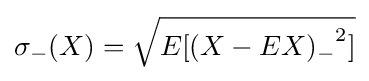
\sigma _{-}(X)={\sqrt {{E[(X-EX)_{-}}^{2}]}}